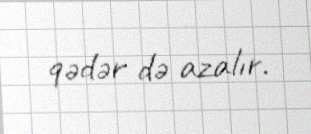
qədər də azalır.